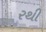
રથી